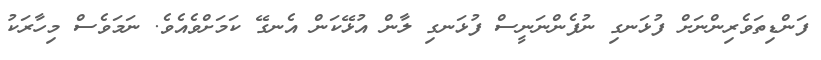
ފަންޑިތަވެރިންނަށް ފުޅަނގި ނުފެންނަނީސް ފުޅަނގި ލާން އުޅޭކަން އެނގޭ ކަމަށްވެއެވެ. ނަމަވެސް މިހާރަކު